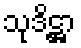
သုဒိဋ္ဌာ